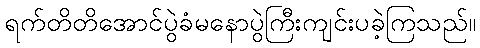
ရက်တိတိအောင်ပွဲခံမနောပွဲကြီးကျင်းပခဲ့ကြသည်။